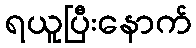
ရယူပြီးနောက်